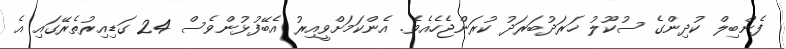
ފެންބިލް ކުދިންގެ ސުކޫލު ޚަރަދުބަރަދު ކުރަންޖެހެއެވެ. އެންކަމަށްވީއިިރު އެބޭފުޅުންވެސް 24 ގަޑިއިރުތެރޭގައި އެ